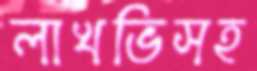
লাখভিসহ